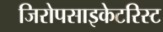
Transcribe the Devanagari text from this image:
जिरोपसाइकेटरिस्ट